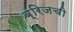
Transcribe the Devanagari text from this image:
ब्रिजची